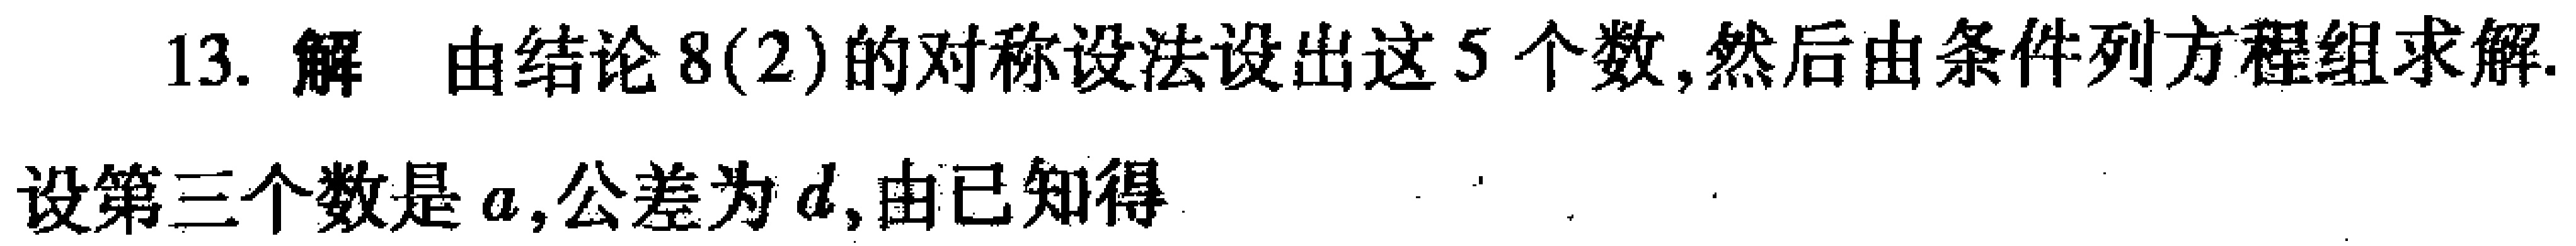
13. 解 由结论8(2)的对称设法设出这5个数,然后由条件列方程组求解.
设第三个数是\(a\),公差为\(d\),由已知得